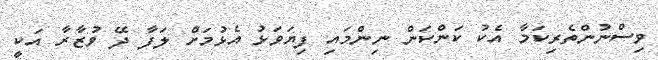
ވިސްނުންތެރިކަމާ އެކު ކަންކަން ނިންމައި ފިޔަވަޅު އެޅުމަށް ލަފާ ދޭ ވުޒާރާ އަކީ